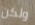
ولكن